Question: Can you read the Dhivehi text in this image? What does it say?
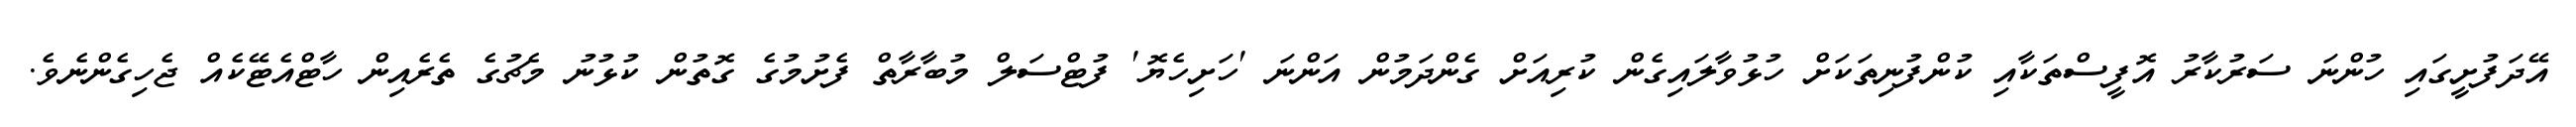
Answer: އޭދަފުށީގައި ހުންނަ ސަރުކާރު އޮފީސްތަކާއި ކުންފުނިތަކަށް ހުޅުވާލައިގެން ކުރިއަށް ގެންދަމުން އަންނަ 'ހަށިހެޔޮ' ފުޓްސަލް މުބާރާތް ފެށުމުގެ ގޮތުން ކުޅުނު މެޗުގެ ތެރެއިން ހާޓްއެޓޭކެއް ޖެހިގެންނެވެ.